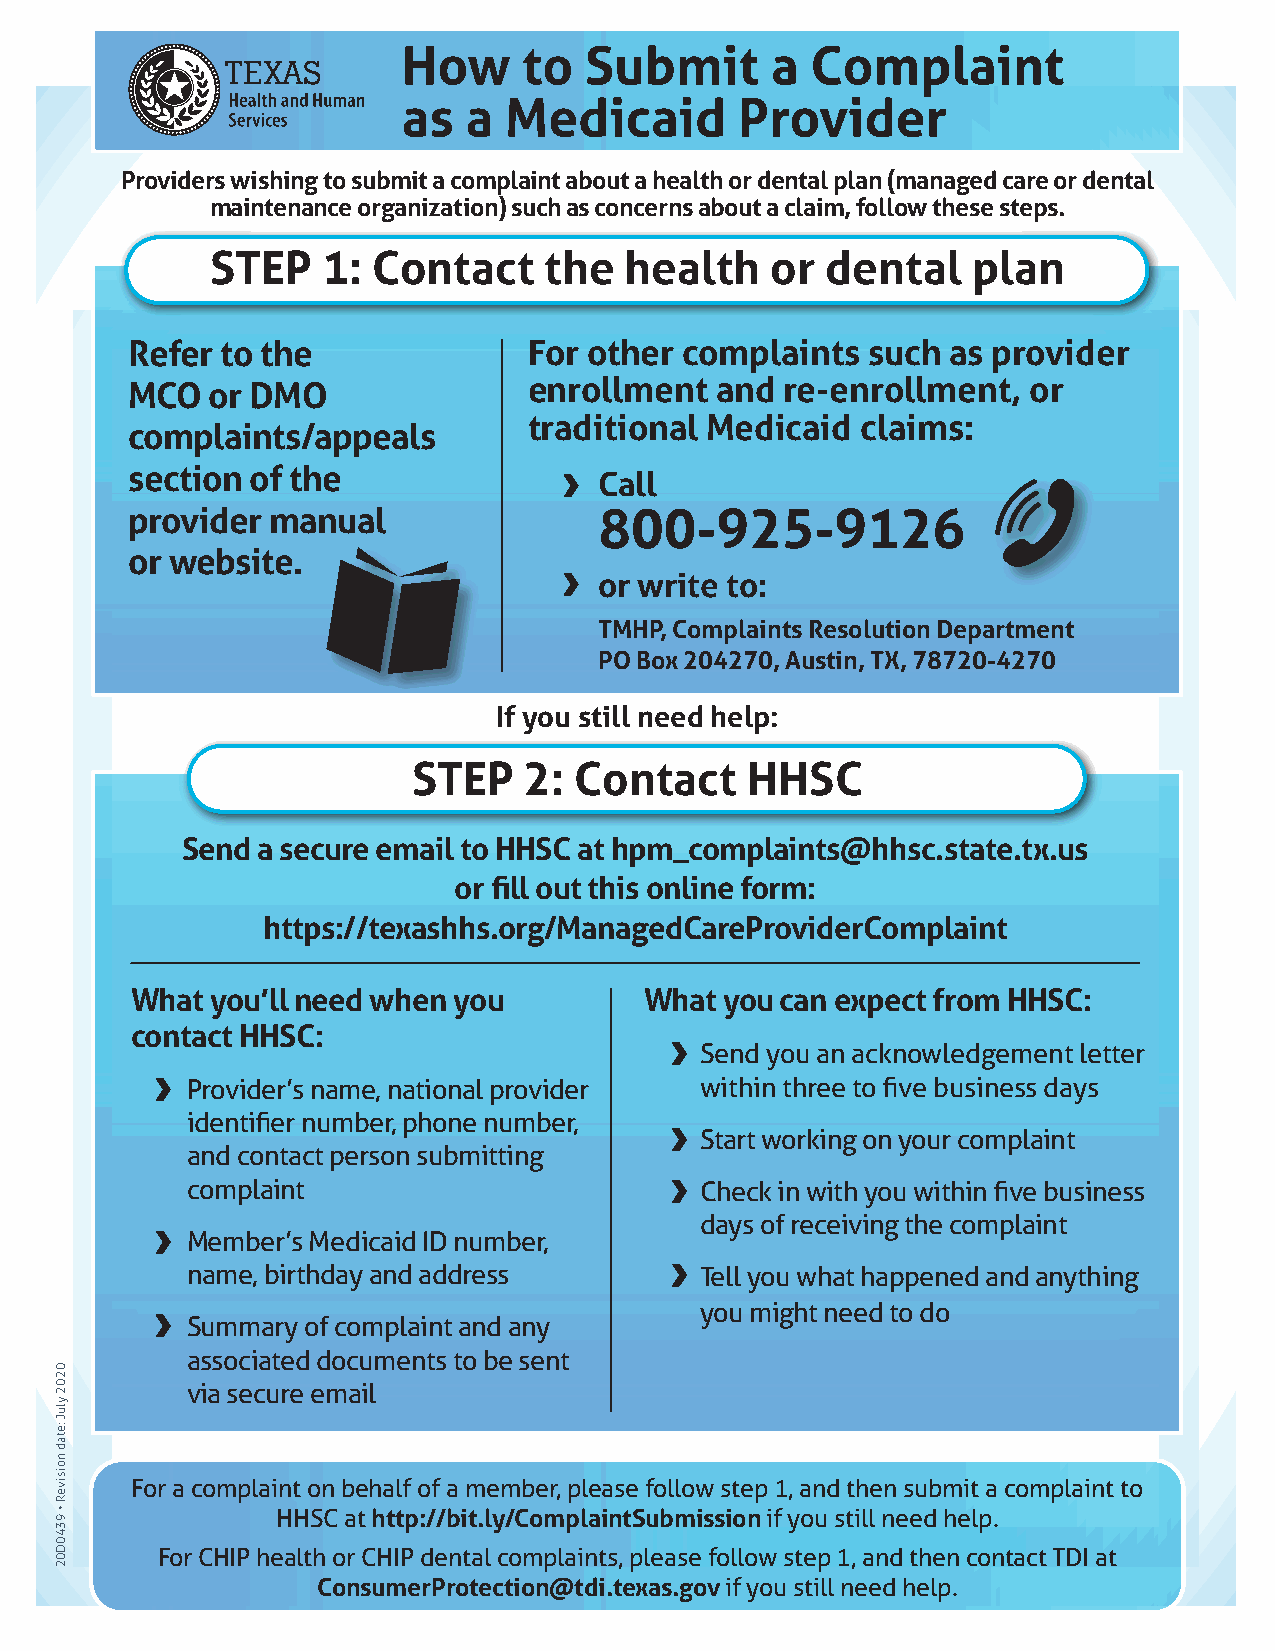
How     to  Submit      a  Complaint
 as  a Medicaid        Provider
 Providers wishing to submit a complaint about a health or dental plan (managed care or dental
 maintenance organization) such as concerns about a claim, follow these steps.
 STEP   1:  Contact    the  health    or  dental   plan
 Refer to the              For other complaints   such as provider
 MCO  or DMO               enrollment  and  re-enrollment,  or
 traditional Medicaid  claims:
 complaints/appeals
 section of the
 Call
 provider manual                800-925-9126
 or website.
 or write to:
 TMHP, Complaints Resolution Department
 PO Box 204270, Austin, TX, 78720-4270
 If you still need help:
 STEP    2: Contact    HHSC
 Send a secure email to HHSC at hpm_complaints@hhsc.state.tx.us
 or fill out this online form:
 https://texashhs.org/ManagedCareProviderComplaint
 What you’ll need when you         What you can expect from HHSC:
 contact HHSC:
 Send you an acknowledgement letter
 Provider’s name, national provider within three to five business days
 identifier number, phone number,
 Start working on your complaint
 and contact person submitting
 complaint                         Check in with you within five business
 days of receiving the complaint
 Member’s Medicaid ID number,
 name, birthday and address        Tell you what happened and anything
 you might need to do
 Summary of complaint and any
 associated documents to be sent
 via secure email
 For a complaint on behalf of a member, please follow step 1, and then submit a complaint to
 HHSC at http://bit.ly/ComplaintSubmission if you still need help.
 For CHIP health or CHIP dental complaints, please follow step 1, and then contact TDI at
 ConsumerProtection@tdi.texas.gov if you still need help.
 0202
 yluJ
 :etad
 noisiveR
 • 9340D02